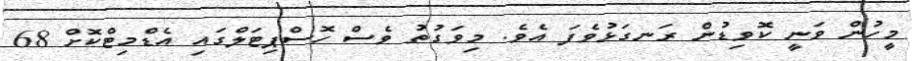
މީހުން ވަނީ ކޮވިޑުން ރަނގަޅުވެފަ އެވެ. މިވަގުތު ވެސް ހޮސްޕިޓަލްގައި އެޑްމިޓްކޮށް 68